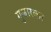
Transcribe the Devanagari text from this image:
गुजारकर